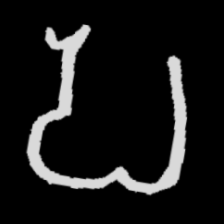
Pyu character \u2014 Myanmar letter: ပ (romanized: pa)